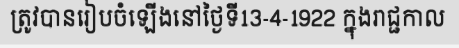
ត្រូវបានរៀបចំឡើងនៅថ្ងៃទី13-4-1922 ក្នុងរាជ្ជកាល